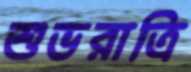
শুভরাত্রি